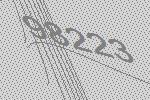
98223